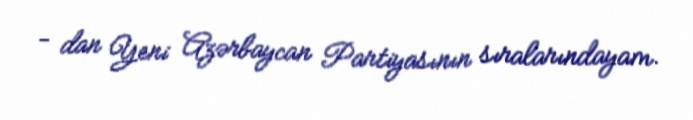
- dan Yeni Azərbaycan Partiyasının sıralarındayam.